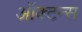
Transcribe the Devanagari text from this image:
ऑक्टन्स